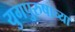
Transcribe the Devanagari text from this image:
युगपुरुषाच्या